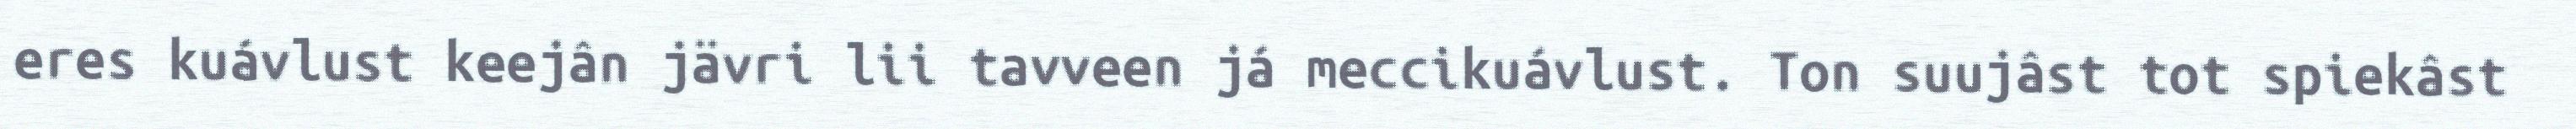
eres kuávlust keejân jävri lii tavveen já meccikuávlust. Ton suujâst tot spiekâst